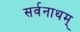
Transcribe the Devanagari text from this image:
सर्वनाथम्